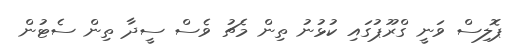
ޕޮލިސް ވަނީ ގްރޫޕުގައި ކުޅުނު ތިން މެޗު ވެސް ސީދާ ތިން ސެޓުން